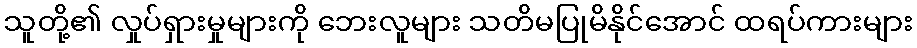
သူတို့၏ လှုပ်ရှားမှုများကို ဘေးလူများ သတိမပြုမိနိုင်အောင် ထရပ်ကားများ